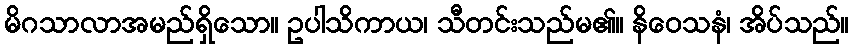
မိဂသာလာအမည်ရှိသော။ ဥပါသိကာယ၊ သီတင်းသည်မ၏။ နိဝေသနံ၊ အိပ်သည်။